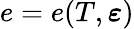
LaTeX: e=e(T,\boldsymbol\varepsilon)